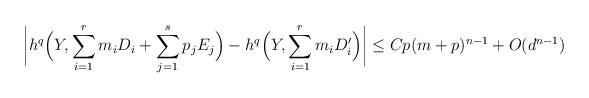
LaTeX: \begin{align*}\biggl| h^q \Bigl(Y, \sum_{i=1}^{r} m_i D_i + \sum_{j=1}^s p_jE_j\Bigr) - h^q \Bigl(Y, \sum_{i=1}^r m_i D_i' \Bigr) \biggr| \leq C p (m+p)^{n-1}+ O(d^{n-1})\end{align*}